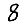
Digit: 8